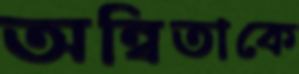
অন্বিতাকে